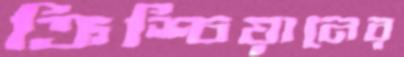
ক্রিশ্চিয়ানের